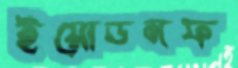
ইয়োডনফ